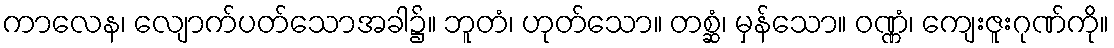
ကာလေန၊ လျောက်ပတ်သောအခါ၌။ ဘူတံ၊ ဟုတ်သော။ တစ္ဆံ၊ မှန်သော။ ဝဏ္ဏံ၊ ကျေးဇူးဂုဏ်ကို။